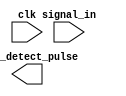
module edge_detector #(
    parameter WIDTH = 1
)(
    input clk,
    input [WIDTH-1:0] signal_in,
    output [WIDTH-1:0] edge_detect_pulse
);

      // TODO: implement an edge detector that detects a rising edge of 'signal_in'
      // and outputs a one-cycle pulse at the next clock edge
      // Feel free to use as many number of registers you like

endmodule